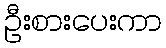
ဦးစားပေးကာ